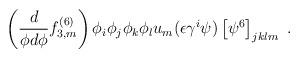
LaTeX: \begin{align*}\left( \frac{d}{\phi d \phi} f^{(6)}_{3,m} \right) \phi_i \phi_j \phi_k \phi_l u_m (\epsilon \gamma^i \psi ) \left[ \psi^6 \right]_{jklm} \ . \end{align*}